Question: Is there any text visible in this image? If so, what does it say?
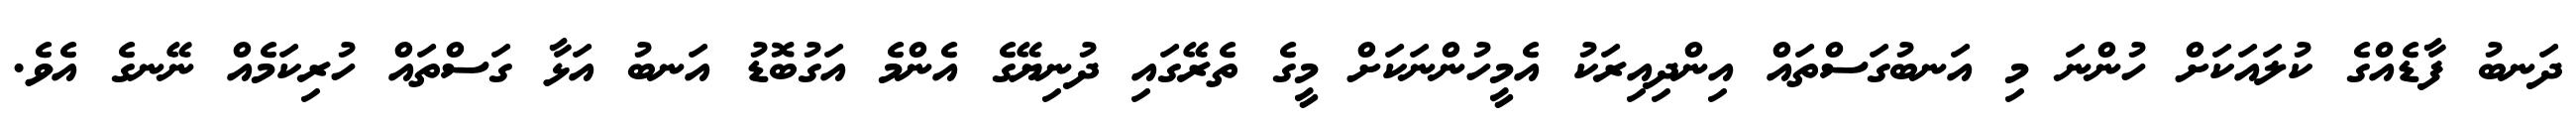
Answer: ދަނބު ފާޑެއްގެ ކުލައަކަށް ހުންނަ މި އަނބުގަސްތައް އިންދިއިރަކު އެމީހުންނަކަށް މީގެ ތެރޭގައި ދުނިޔޭގެ އެންމެ އަގުބޮޑު އަނބު އަޅާ ގަސްތައް ހުރިކަމެއް ނޭނގެ އެވެ.